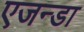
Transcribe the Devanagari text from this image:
एजन्डा